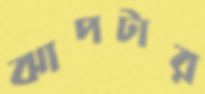
ঝাপটার